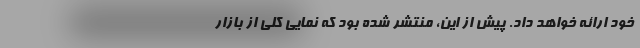
خود ارائه خواهد داد. پیش از این، منتشر شده بود که نمایی کلی از بازار